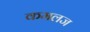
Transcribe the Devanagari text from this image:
कमलज